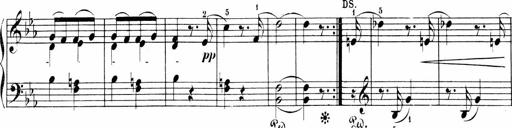
Title: Sonatinen Op.47, 98 und 136, nebst 6 Liedersonatinen
Composer: Carl Reinecke